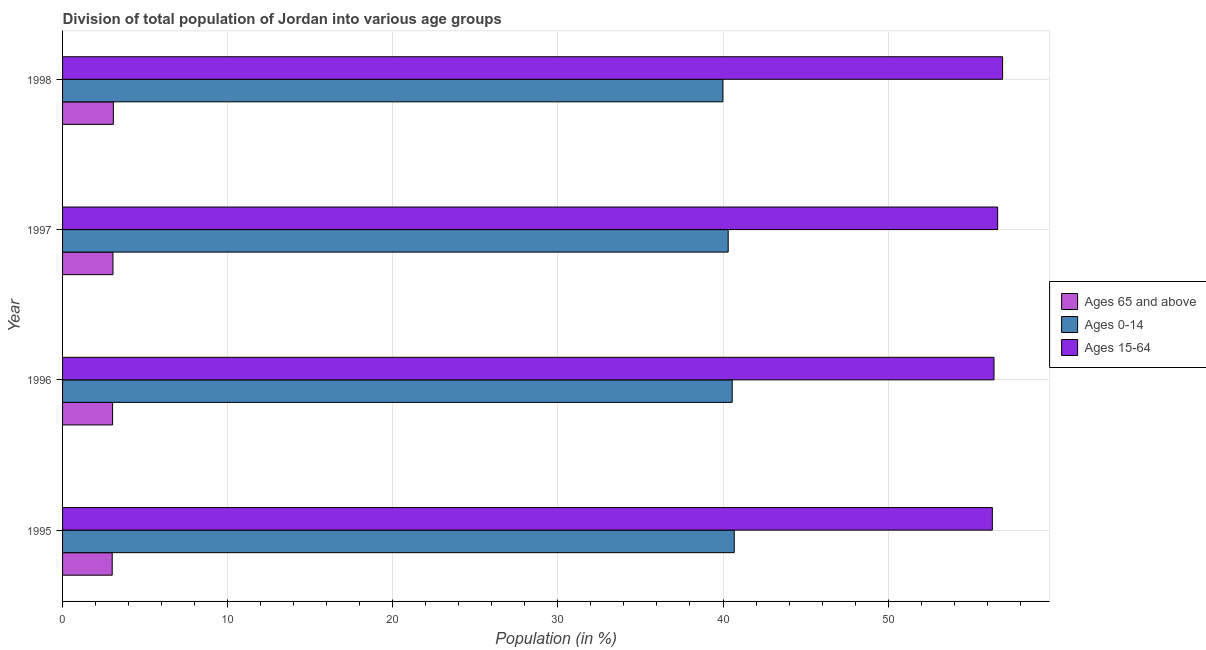
| Year | Ages 65 and above | Ages 0-14 | Ages 15-64 |
 | --- | --- | --- | --- |
 | 1995 | 3.01 | 40.7 | 56.3 |
 | 1996 | 3.03 | 40.6 | 56.4 |
 | 1997 | 3.05 | 40.3 | 56.6 |
 | 1998 | 3.08 | 40 | 56.9 |